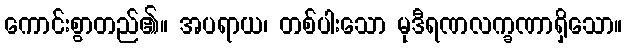
ကောင်းစွာတည်၏။ အပရာယ၊ တစ်ပါးသော မုဒီရဏလက္ခဏာရှိသော။